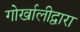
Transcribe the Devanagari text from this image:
गोर्खालीद्वारा